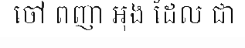
ចៅ ពញា អុង ដែល ជា